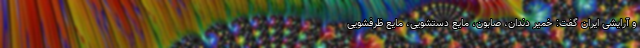
و آرایشی ایران گفت: خمیر دندان، صابون، مایع دستشویی، مایع ظرفشویی